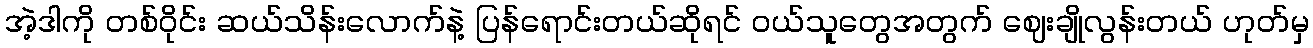
အဲ့ဒါကို တစ်ဝိုင်း ဆယ်သိန်းလောက်နဲ့ ပြန်ရောင်းတယ်ဆိုရင် ဝယ်သူတွေအတွက် ဈေးချိုလွန်းတယ် ဟုတ်မှ